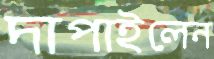
দাপাইলেন